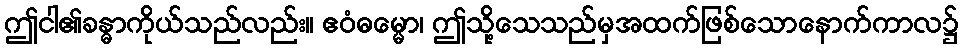
ဤငါ၏ခန္ဓာကိုယ်သည်လည်း။ ဧဝံဓမ္မော၊ ဤသို့သေသည်မှအထက်ဖြစ်သောနောက်ကာလ၌